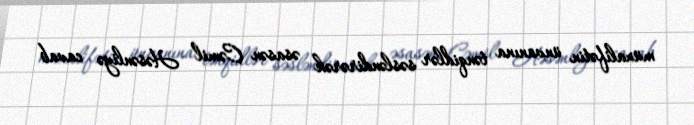
müxalifətin ünvanına tənqidlər səsləndirərək əsasən Cəmil Həsənliyə cavab